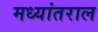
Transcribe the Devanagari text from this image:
मध्यांतराल